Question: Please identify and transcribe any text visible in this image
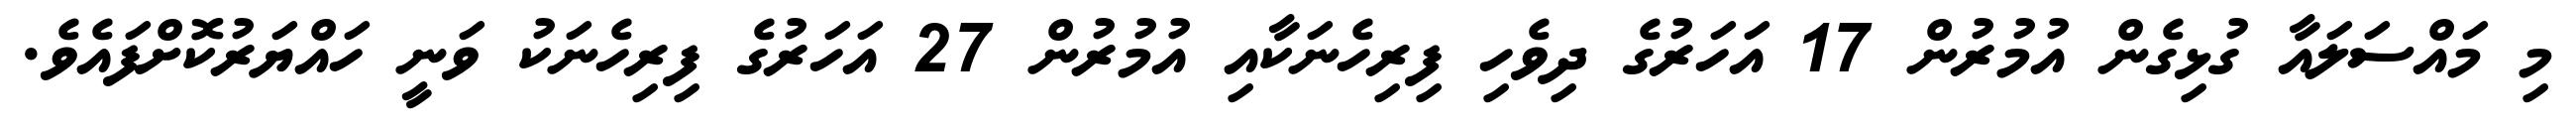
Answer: މި މައްސަލައާ ގުޅިގެން އުމުރުން 17 އަހަރުގެ ދިވެހި ފިރިހެނަކާއި އުމުރުން 27 އަހަރުގެ ފިރިހެނަކު ވަނީ ހައްޔަރުކޮށްފައެވެ.